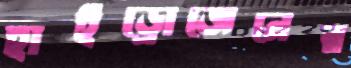
হাইড্রোজেনের